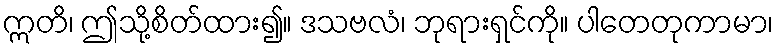
ဣတိ၊ ဤသို့စိတ်ထား၍။ ဒသဗလံ၊ ဘုရားရှင်ကို။ ပါတေတုကာမာ၊